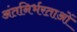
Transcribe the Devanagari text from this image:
अंतनिर्भरताओं